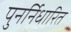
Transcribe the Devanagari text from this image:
पुनर्निधारित